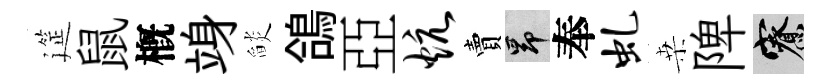
筵鼠槪竧𦦨鴿亞炕賣昂奉虬桒陴寮